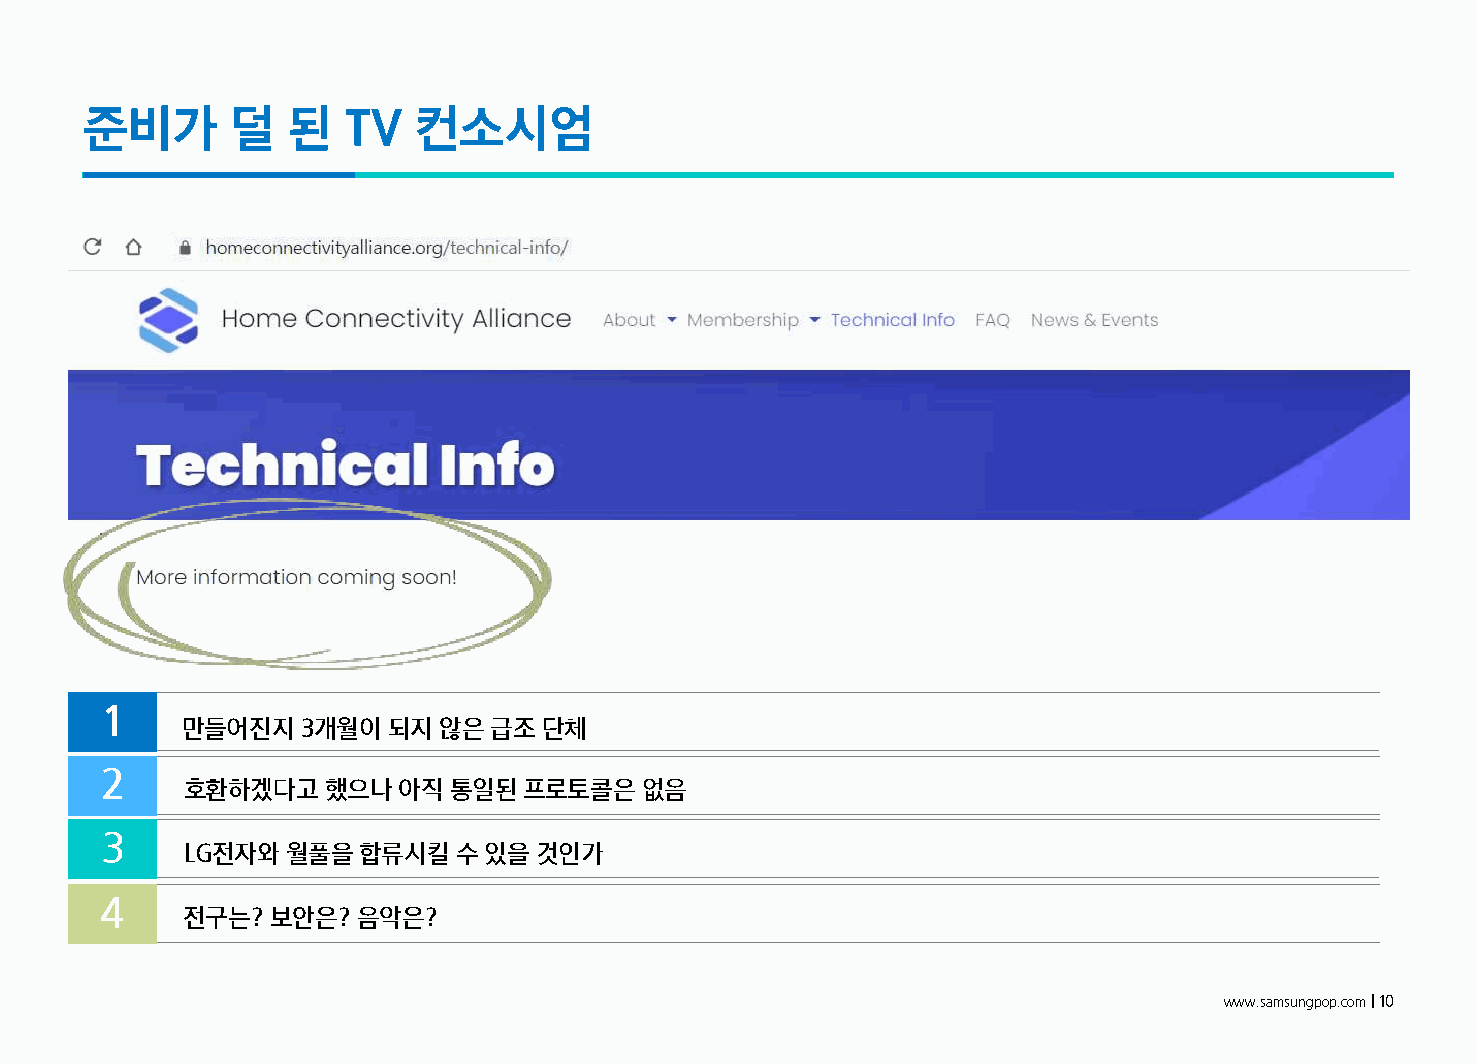
준비가       덜   된   TV  컨소시엄
 1
 만들어진지3개월이되지않은급조         단체
 2
 호환하겠다고했으나아직       통일된프로토콜은없음
 3
 LG전자와월풀을    합류시킬수있을것인가
 4
 전구는?  보안은?  음악은?
 www.samsungpop.com| 10